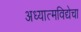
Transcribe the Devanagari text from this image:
अध्यात्मविद्येचा